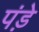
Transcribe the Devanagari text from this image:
पंड़े